Statistical return of the lunatic asylum in Assam - 1912-1932
Year: 1912
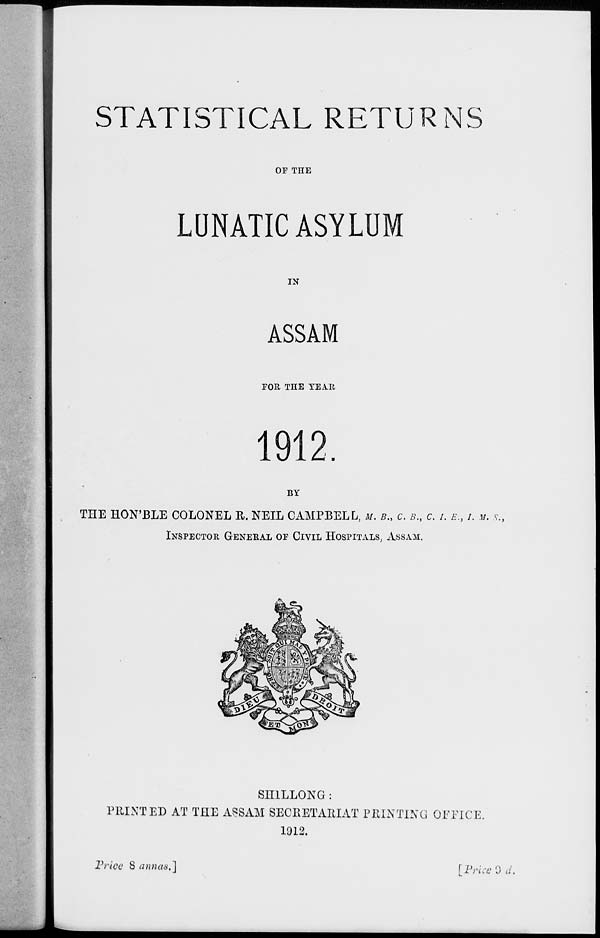
STATISTICAL RETURNS
OF TIIE
LUNATIC ASYLUM
IN
ASSAM
TOR THE YEAR
1912
BY
THE HON'BLE COLONEL R. NEIL CAMPBELL, M. *., C. B., C. L E. t i. .v. .9.,
INSPECTOR GENERAL OF CIVIL HOSPITALS, ASSAM.
SH1LLONG :
PRINTED AT THE ASSAM SECRETARIAT PRINTING OPFICE.
1912.
Price 8 annas.]
[ Price 0 d.